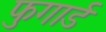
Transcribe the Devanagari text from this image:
फुगार्ड